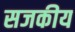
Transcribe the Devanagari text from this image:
सजकीय